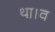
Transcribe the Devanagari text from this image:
था।व